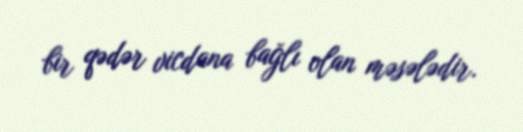
bir qədər vicdana bağlı olan məsələdir.